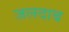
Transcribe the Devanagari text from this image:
जलदाब